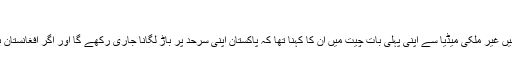
‘
وزارت عظمیٰ کا عہدہ سمنبھالنے کے بعد اسلام آباد میں غیر ملکی میڈیا سے اپنی پہلی بات چیت میں ان کا کہنا تھا کہ پاکستان اپنی سرحد پر باڑ لگانا جاری رکھے گا اور اگر افغانستان بھی اپنی جانب باڑ لگانا چاہے تو وہ ایسا کر سکتا ہے۔